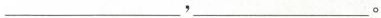
____，___。